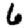
Digit: 6